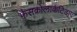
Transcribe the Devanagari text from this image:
फ़ैसकोलार्कटिडाए